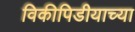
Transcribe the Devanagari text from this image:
विकीपिडीयाच्या